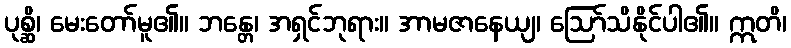
ပုစ္ဆိ၊ မေးတော်မူ၏။ ဘန္တေ၊ အရှင်ဘုရား။ အာမဇာနေယျ၊ ဩော်သိနိုင်ပါ၏။ ဣတိ၊